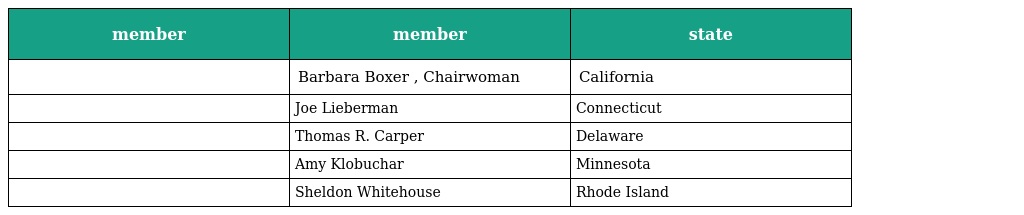
| member | member | state |
 | --- | --- | --- |
 |  | Barbara Boxer , Chairwoman | California |
 |  | Joe Lieberman | Connecticut |
 |  | Thomas R. Carper | Delaware |
 |  | Amy Klobuchar | Minnesota |
 |  | Sheldon Whitehouse | Rhode Island |